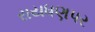
રાયધણપર